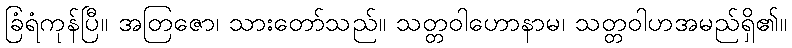
ခြံရံကုန်ပြီ။ အတြဇော၊ သားတော်သည်။ သတ္တဝါဟောနာမ၊ သတ္တဝါဟအမည်ရှိ၏။